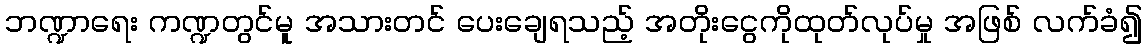
ဘဏ္ဍာရေး ကဏ္ဍတွင်မူ အသားတင် ပေးချေရသည့် အတိုးငွေကိုထုတ်လုပ်မှု အဖြစ် လက်ခံ၍